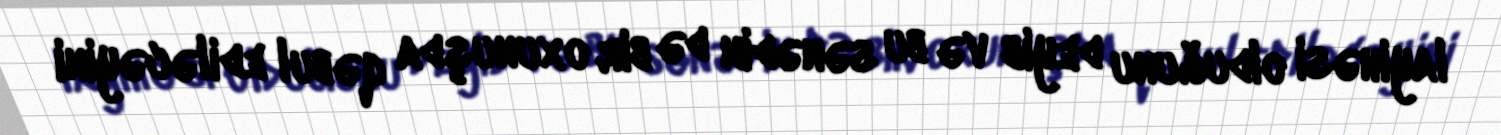
layihəsi olduğunu deyib və bu sənədin də bir oxunuşda qəbul ediləcəyini